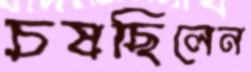
চষছিলেন